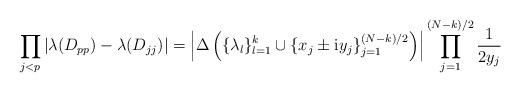
LaTeX: \begin{align*}\prod_{j<p}|\lambda(D_{pp})-\lambda(D_{jj})|=\left|\Delta\left(\{\lambda_l\}_{l=1}^k\cup\{x_j\pm\mathrm{i}y_j\}_{j=1}^{(N-k)/2}\right)\right|\prod_{j=1}^{(N-k)/2}\frac{1}{2y_j}\end{align*}